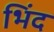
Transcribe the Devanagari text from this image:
भिंद